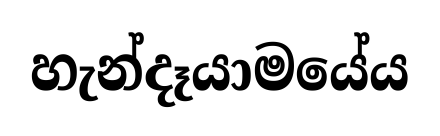
හැන්දෑයාමයේය